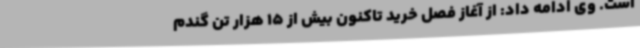
است. وی ادامه داد: از آغاز فصل خرید تاکنون بیش از 15 هزار تن گندم